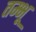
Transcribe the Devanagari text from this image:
तम्भू